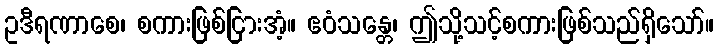
ဥဒီရဏာစေ၊ စကားဖြစ်ငြားအံ့။ ဧဝံသန္တေ၊ ဤသို့သင့်စကားဖြစ်သည်ရှိသော်။